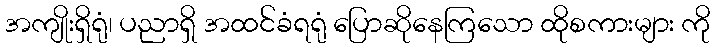
အကျိုးရှိရုံ၊ ပညာရှိ အထင်ခံရရုံ ပြောဆိုနေကြသော ထိုစကားများ ကို